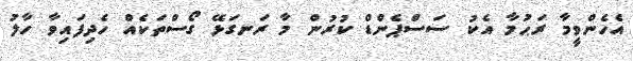
އެހެންވީމާ ރަޙުމާ އެކު ސަސްޕެންޑް ކުރުން މާ ރަނގަޅޭ ގޯސްތަކެއް ހެދިފައިވާ ހާލު